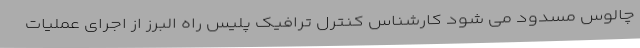
چالوس مسدود می شود کارشناس کنترل ترافیک پلیس راه البرز از اجرای عملیات